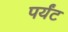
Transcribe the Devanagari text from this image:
पर्यंट